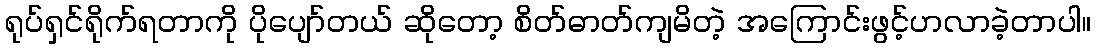
ရုပ်ရှင်ရိုက်ရတာကို ပိုပျော်တယ် ဆိုတော့ စိတ်ဓာတ်ကျမိတဲ့ အကြောင်းဖွင့်ဟလာခဲ့တာပါ။